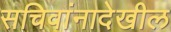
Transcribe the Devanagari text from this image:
सचिवांनादेखील